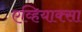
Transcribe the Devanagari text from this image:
एव्हियाक्सा